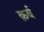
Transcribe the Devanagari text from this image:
क़र्ब